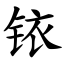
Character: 铱